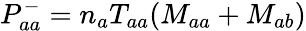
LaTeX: P_{aa}^{-}=n_{a}T_{aa}(M_{aa}+M_{ab})